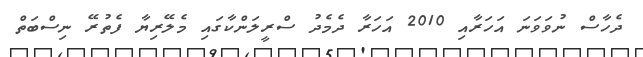
ދެހާސް ނުވަވަނަ އަހަރާއި 2010 އަހަރާ ދެމެދު ސްރީލަންކާގައި މެލޭރިޔާ ފެތުރޭ ނިސްބަތް